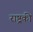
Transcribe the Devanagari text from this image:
राष्ट्रकी